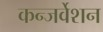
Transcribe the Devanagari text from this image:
कन्जर्वेशन